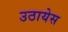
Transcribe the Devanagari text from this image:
उठायेस